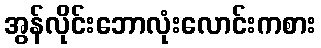
အွန်လိုင်းဘောလုံးလောင်းကစား